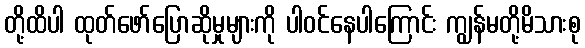
တို့ထိပါ ထုတ်ဖော်ပြောဆိုမှုများကို ပါဝင်နေပါကြောင်း ကျွန်မတို့မိသားစု